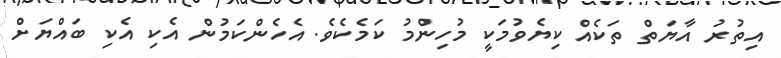
އިތުރު އާޔަތް ތަކެއް ކިޔެވުމަކީ މުހިންމު ކަމެކެވެ. އެހެންކަމުން އެކި އެކި ބައްޔަށް